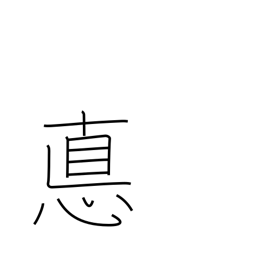
Meaning: ethics